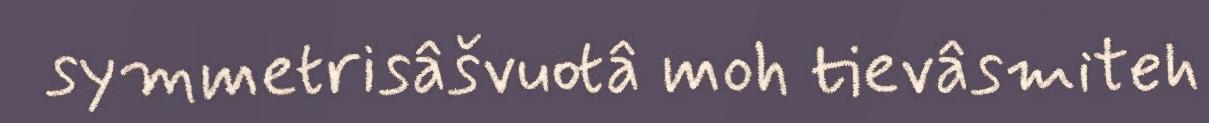
symmetrisâšvuotâ moh tievâsmiteh